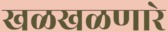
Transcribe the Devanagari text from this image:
खळखळणारे